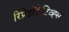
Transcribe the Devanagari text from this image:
रिप्रेझेंटेटिव्ह्स